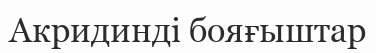
Акридинді бояғыштар